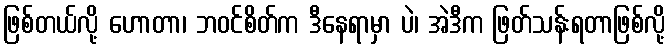
ဖြစ်တယ်လို့ ဟောတာ၊ ဘဝင်စိတ်က ဒီနေရာမှာ ပဲ၊ အဲဒီက ဖြတ်သန်းရတာဖြစ်လို့